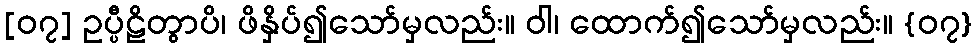
[၀၇] ဥပ္ပီဠိတွာပိ၊ ဖိနှိပ်၍သော်မှလည်း။ ဝါ၊ ထောက်၍သော်မှလည်း။ {၀၇}